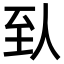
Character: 𬛱